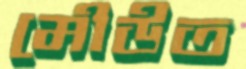
মৌউত